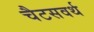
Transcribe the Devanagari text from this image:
चैटसवर्थ